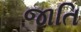
જાતિ